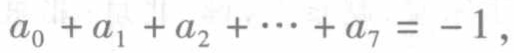
\(a_{0}+a_{1}+a_{2}+\cdots +a_{7}=-1\)